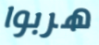
هربوا